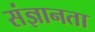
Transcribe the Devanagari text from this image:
संज्ञानता